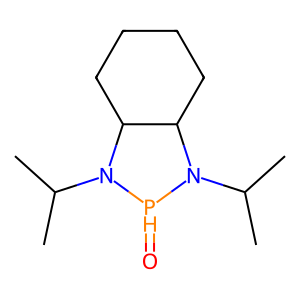
SMILES: CC(C)N1C2CCCCC2N(C(C)C)[PH]1=O
Inhibits HIV replication: No